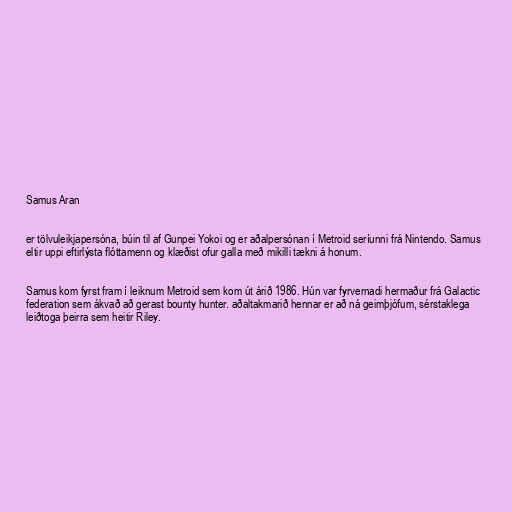
Samus Aran

er tölvuleikjapersóna, búin til af Gunpei Yokoi og er aðalpersónan í Metroid seríunni frá Nintendo. Samus
eltir uppi eftirlýsta flóttamenn og klæðist ofur galla með mikilli tækni á honum.

Samus kom fyrst fram í leiknum Metroid sem kom út árið 1986. Hún var fyrvernadi hermaður frá Galactic
federation sem ákvað að gerast bounty hunter. aðaltakmarið hennar er að ná geimþjófum, sérstaklega
leiðtoga þeirra sem heitir Riley.